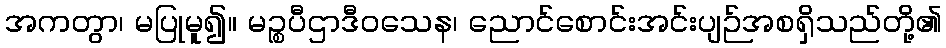
အကတွာ၊ မပြုမူ၍။ မဉ္စပီဌာဒီဝသေန၊ ညောင်စောင်းအင်းပျဉ်အစရှိသည်တို့၏